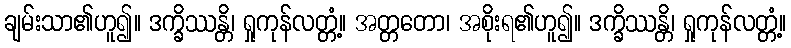
ချမ်းသာ၏ဟူ၍။ ဒက္ခိဿန္တိ၊ ရှုကုန်လတ္တံ့။ အတ္တတော၊ အစိုးရ၏ဟူ၍။ ဒက္ခိဿန္တိ၊ ရှုကုန်လတ္တံ့။